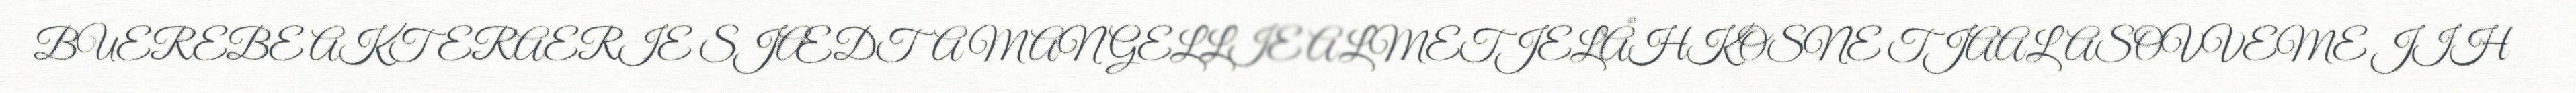
BUEREBE AKTERAERIE SJÆDTA MAN GELLIE ALMETJELÅHKOSNE TJAALASOVVEME JIH